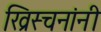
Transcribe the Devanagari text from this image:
ख्रिस्चनांनी